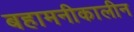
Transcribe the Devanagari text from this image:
बहामनीकालीन